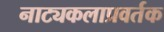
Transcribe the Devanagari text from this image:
नाट्यकलाप्रवर्तक